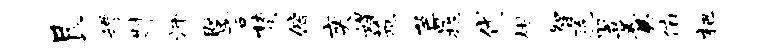
艮嫖斟师暨言梵偕奕媒蔗芭晁代柑智胞翌羹俯杷